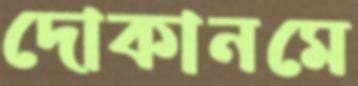
দোকানমে